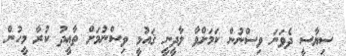
ސިޔާސީ ދެވަނަ ވިސްނުން ކަމަށްވާ ލާދީނީ ޤައުމީ ވިސްނުމަށް ތާޢީދު ކުރާ މީހުން